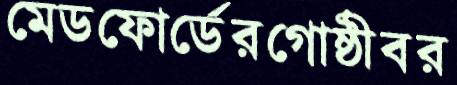
মেডফোর্ডেরগোষ্ঠীবর